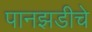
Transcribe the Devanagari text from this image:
पानझडीचे